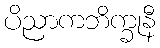
ပိညာကဘိက္ခုနီ